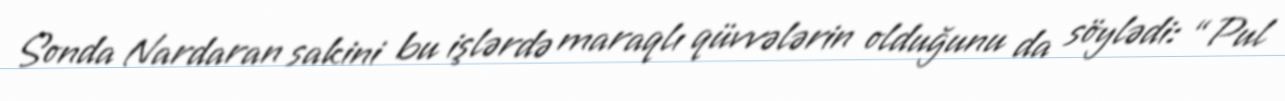
Sonda Nardaran sakini bu işlərdə maraqlı qüvvələrin olduğunu da söylədi: “Pul